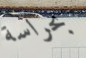
بحراسة